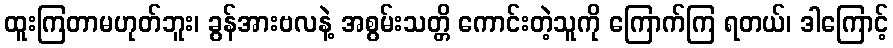
ထူးကြတာမဟုတ်ဘူး၊ ခွန်အားဗလနဲ့ အစွမ်းသတ္တိ ကောင်းတဲ့သူကို ကြောက်ကြ ရတယ်၊ ဒါကြောင့်